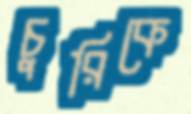
চুরিকে